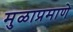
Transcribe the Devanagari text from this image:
मुळाप्रमाणे